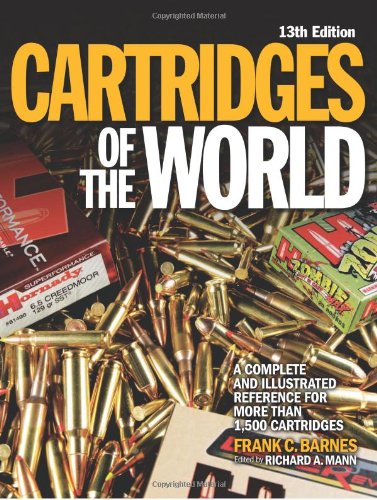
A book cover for Cartridges of the World: A Complete Illustrated Reference for More Than 1,500 Cartridges; Frank C. Barnes; Crafts, Hobbies & Home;